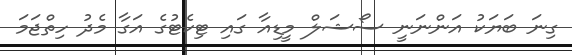
ގިނަ ބަޔަކު އަންނަނީ ސޯޝަލް މީޑިއާ ގައި ޓިކެޓުގެ އަގާ މެދު ހިތްޖަމަ